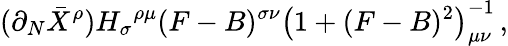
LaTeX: (\partial_{N}\bar{X}^{\rho}){H_{\sigma}}^{\rho\mu}(F-B)^{\sigma\nu}\left(1+(F-B)^{2}\right)_{\mu\nu}^{-1}\, ,